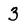
Character: 3